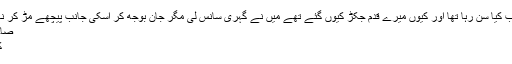
( میں یہ سب کیا سن رہا تھا اور کیوں میرے قدم جکڑ کیوں گئے تھے میں نے گہری سانس لی مگر جان بوجھ کر اسکی جانب پیچھے مڑ کر نہیں دیکھا )
صاحب جی…
کیا ہے….!